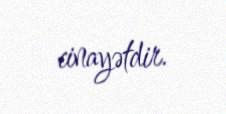
cinayətdir.